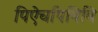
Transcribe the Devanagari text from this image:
पिऐचपिबिबि